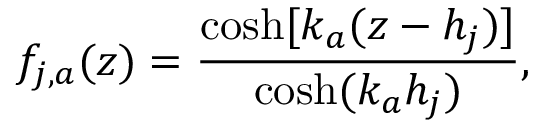
f _ { j , a } ( z ) = \frac { \cosh [ k _ { a } ( z - h _ { j } ) ] } { \cosh ( k _ { a } h _ { j } ) } ,